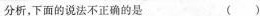
分析，下面的说法不正确的是 ( )